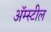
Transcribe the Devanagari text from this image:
अॅम्स्टील